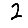
Digit: 2